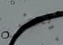
يعض